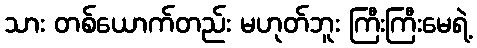
သား တစ်ယောက်တည်း မဟုတ်ဘူး ကြီးကြီးမေရဲ့